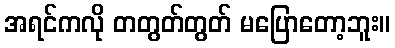
အရင်ကလို တတွတ်တွတ် မပြောတော့ဘူး။